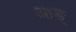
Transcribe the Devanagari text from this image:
आङ्‌